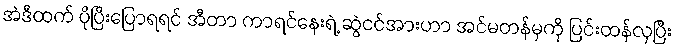
အဲဒီထက် ပိုပြီးပြောရရင် အီတာ ကာရင်နေးရဲ့ ဆွဲငင်အားဟာ အင်မတန်မှကို ပြင်းထန်လှပြီး